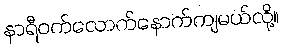
နာရီဝက်လောက်နောက်ကျမယ်လို့။